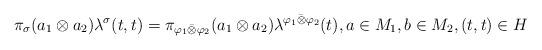
LaTeX: \begin{align*}\pi_\sigma(a_1\otimes a_2)\lambda^\sigma(t,t)=\pi_{\varphi_1\bar{\otimes}\varphi_2}(a_1\otimes a_2)\lambda^{\varphi_1\bar{\otimes}\varphi_2}(t), a \in M_1, b \in M_2, (t,t) \in H\end{align*}